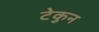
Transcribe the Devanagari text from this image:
टेकुन